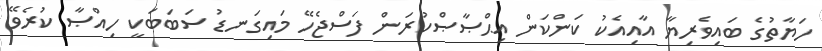
ހަޔާތުގެ ބައިވެރިޔާ އާއިއެކު ކަންކަން އިޙްޞާޞްކުރަން ފަސްޖެހޭ މައިގަނޑު ސަބަބަކީ ހިއްޞާ ކުރެވޭ